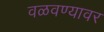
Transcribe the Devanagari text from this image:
वळवण्यावर